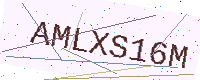
Text: AMLXS16M